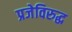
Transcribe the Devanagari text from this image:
प्रजेविरुद्ध